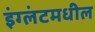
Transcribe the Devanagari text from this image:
इंग्लंटमधील